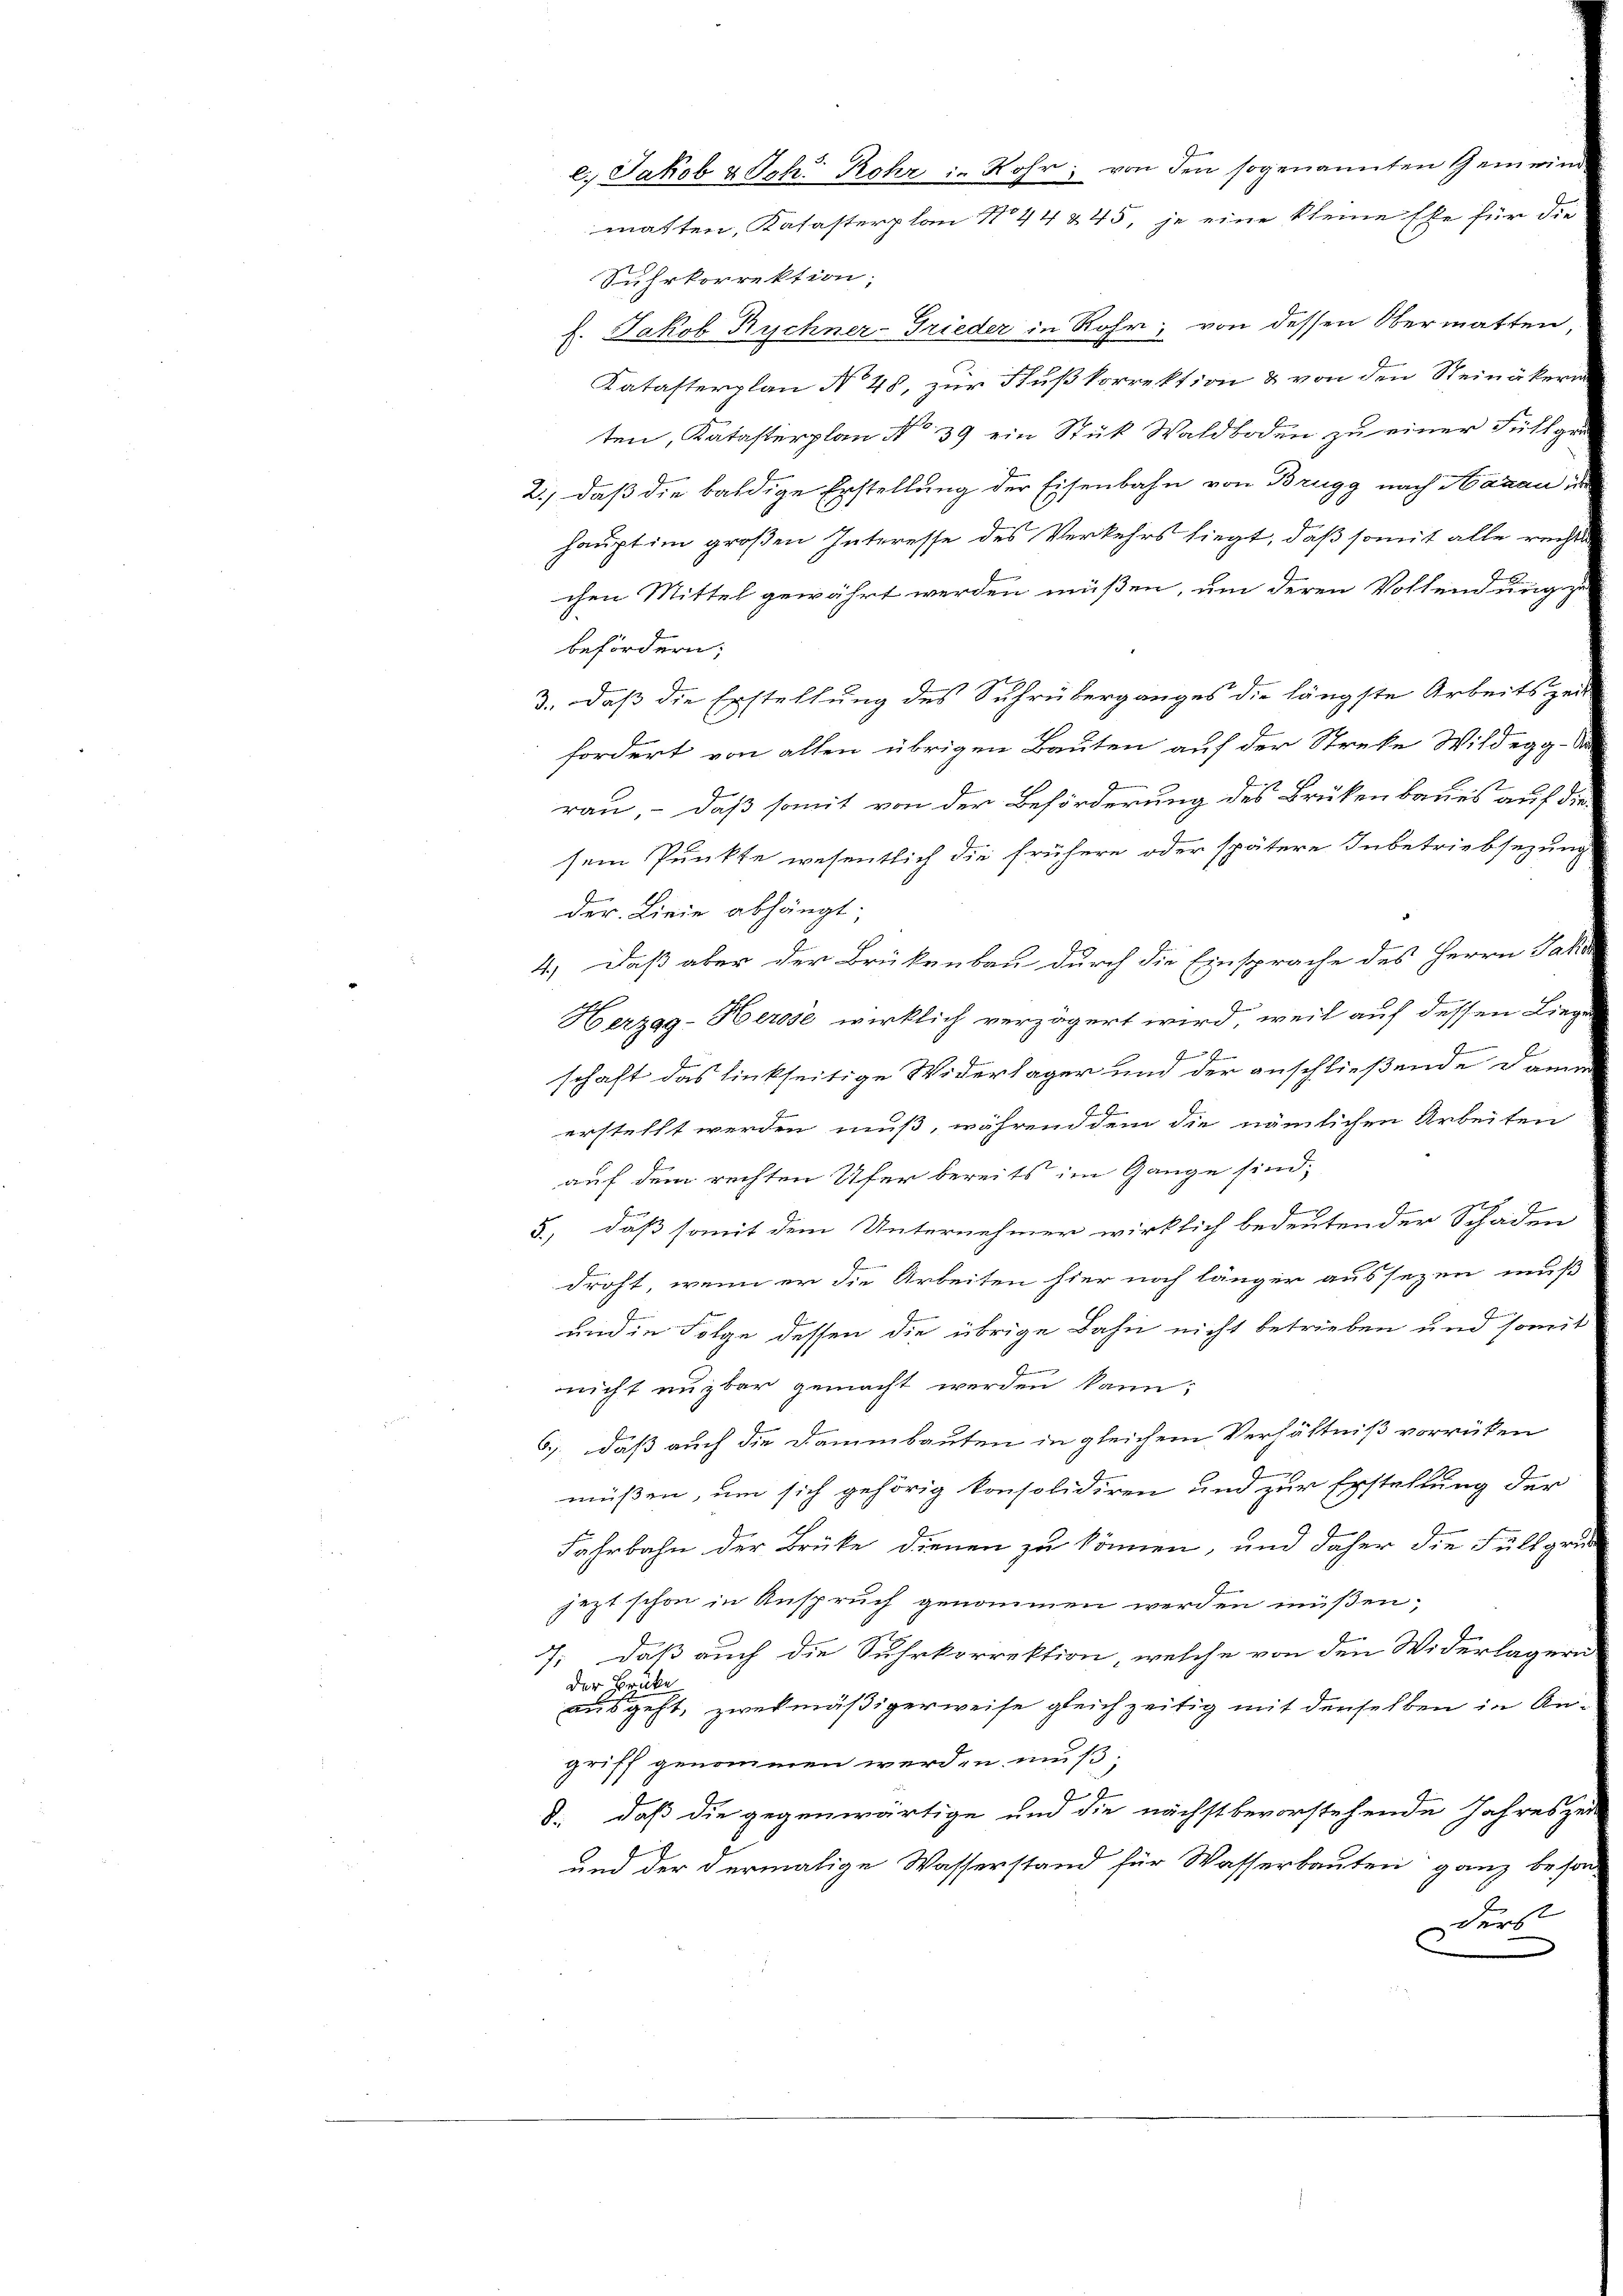
Suhrkorrektion;
f. Jakob Rychner-Frieder in Rohr, von dessen Obermatten,
Katasterplan No 48, zur Flußkorrektion & von den Steinäkerin
ten, Katasterplan No 39 ein Stük Waldboden zu einer Fühlger
2.) daß die baldige Erstellung der Eisenbahn von Brugg nach Hanau in
haupt im großen Interesse des Verkehrs liegt, daß somit alle rechten
chen Mittel gewährt werden müßen, um deren Vollendung zu
befördern;
3., daß die Erstellung des Suhrüberganges die längste Arbeitszei-
fordert von allen übrigen Bauten auf der Streke Wildegg da
rau, – daß somit von der Beförderung des Brükenbaues auf diesem Punkte wesentlich die frühere oder spätere Inbetriebsezung
der Linie abhängt;
4.) Daß aber der Brükenbau durch die Einsprache des Herrn Jako
Herzag-Herose wirklich verzögert wird, weil auf dessen Lieg
t
In Jenne
e
schaft das linkseitige Widerlager und der anschließende Dama
E
erstellt werden muß, während dem die nämlichen Arbeiten
auf dem rechten Ufer bereits im Gange sind,
E
1
5., daß somit dem Unternehmer wirklich bedeutender Schaden
b.
droht, wenn er die Arbeiten hier noch länger aussezen muß
J
und in Folge dessen die übrige Bahn nicht betrieben und somit
nicht nuzbar gemacht werden kann;
6). Daß auch die Dammbauten in gleichem Verhältniß vorrücken
müßen, um sich gehörig konsolidiren und zur Erstellung der
Fahrbahn der Brüke dienen zu können, und daher die Füllprüjezt schon in Anspruch genommen werden müßen;
E
7: daß auch die Suhrkorrektion, welche von den Widerlager
der Brücke
ausgeht, zwekmäßigerweise gleichzeitig mit denselben in Angriff genommen werden muß;
8. daß die gegenwärtige und die nächstbevorstehende Jahreszei
und der dermalige Wasserstand für Wasserbauten ganz beson
ders

e. Jakob & Joh. Rohr in Rohr, von den sogenannten Gemeind
matten, Katasterplan N. 44 § 45, je eine kleine Ehe für die